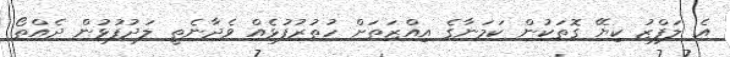
އެ ލަފްޒު ކިޔޭ ގޮތަކުން ކަމަނާގެ އިއްޒަތަށް ހުތުރުފުޅެއް ވެދާނެތީ ލަދުފުޅުން ދެއްތޯ